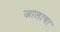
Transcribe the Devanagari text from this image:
जालाचा